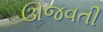
ઊજવતી